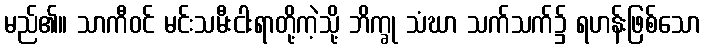
မည်၏။ သာကီဝင် မင်းသမီးငါးရာတို့ကဲ့သို့ ဘိက္ခု သံဃာ သက်သက်၌ ရဟန်းဖြစ်သော